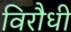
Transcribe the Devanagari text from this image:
विरौधी